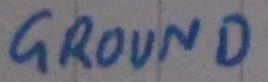
Text: GROUND